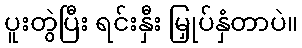
ပူးတွဲပြီး ရင်းနှီး မြှုပ်နှံတာပဲ။